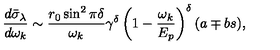
{ \frac { d \bar { \sigma } _ { \lambda } } { d \omega _ { k } } } \sim { \frac { r _ { 0 } \sin ^ { 2 } \pi \delta } { \omega _ { k } } } \gamma ^ { \delta } \left( 1 - { \frac { \omega _ { k } } { E _ { p } } } \right) ^ { \delta } ( a \mp b s ) ,